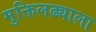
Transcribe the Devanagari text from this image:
मुक्तिलढ्याला